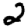
Digit: 2